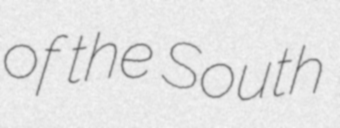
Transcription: of the South